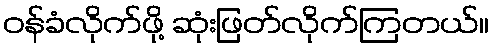
ဝန်ခံလိုက်ဖို့ ဆုံးဖြတ်လိုက်ကြတယ်။